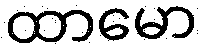
ထာမော